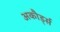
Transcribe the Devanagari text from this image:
अकौर्ड्स